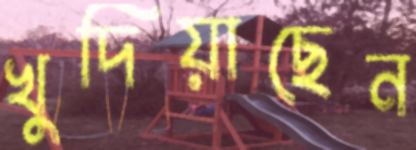
খুদিয়াছেন